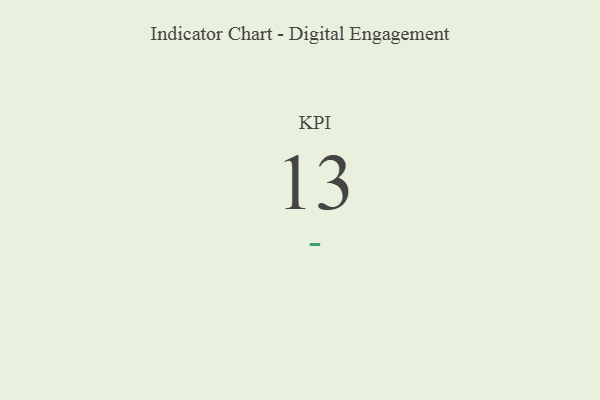
{"axis": {"x": "KPI", "y": "Value"}, "legend": [""], "data": [{"x": "KPI", "y": 13, "type": ""}]}